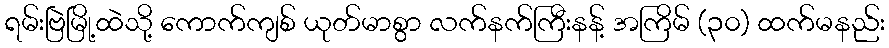
ရမ်းဗြဲမြို့ထဲသို့ ကောက်ကျစ် ယုတ်မာစွာ လက်နက်ကြီးနန့် အကြိမ် (၃၀) ထက်မနည်း